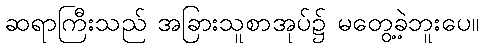
ဆရာကြီးသည် အခြားသူစာအုပ်၌ မတွေ့ခဲ့ဘူးပေ။